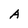
Character: A